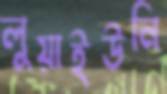
লুয়াইউনি